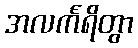
အလင်္ကရိတွာ